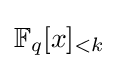
\mathbb {F} _{q}[x]_{<k}